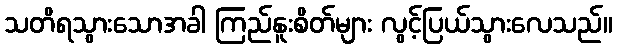
သတိရသွားသောအခါ ကြည်နူးစိတ်များ လွင့်ပြယ်သွားလေသည်။